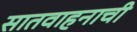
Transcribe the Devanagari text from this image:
सातवाहनाची